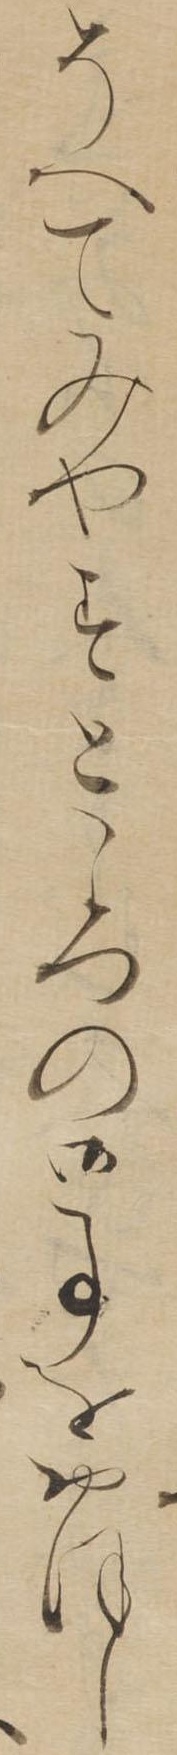
そへてみやすところの御事をおほし